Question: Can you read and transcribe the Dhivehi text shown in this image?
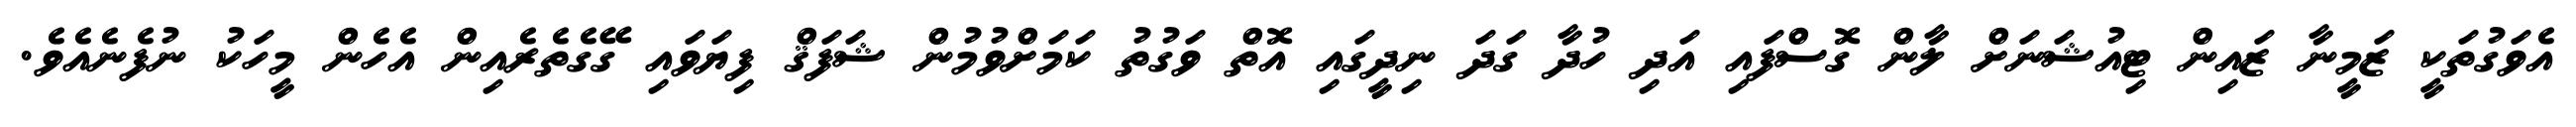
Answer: އެވަގުތަކީ ޒަމީނާ ޒައިން ޓިއުޝަނަށް ލާން ގޮސްފައި އަދި ހުދާ ގަދަ ނިދީގައި އޮތް ވަގުތު ކަމަށްވުމުން ޝަފަޤް ފިޔަވައި ގޭގެތެރެއިން އެހެން މީހަކު ނުފެނެއެވެ.